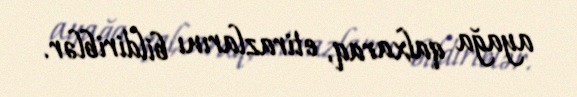
ayağa qalxaraq, etirazlarını bildiriblər.